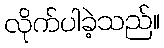
လိုက်ပါခဲ့သည်။